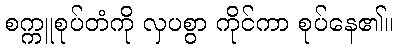
စက္ကူစုပ်တံကို လှပစွာ ကိုင်ကာ စုပ်နေ၏။